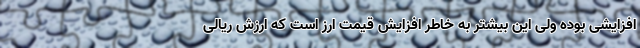
افزایشی بوده ولی این بیشتر به خاطر افزایش قیمت ارز است که ارزش ریالی